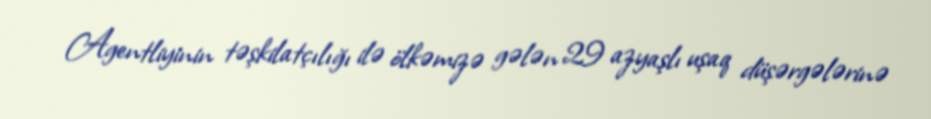
Agentliyinin təşkilatçılığı ilə ölkəmizə gələn 29 azyaşlı uşaq düşərgələrinə